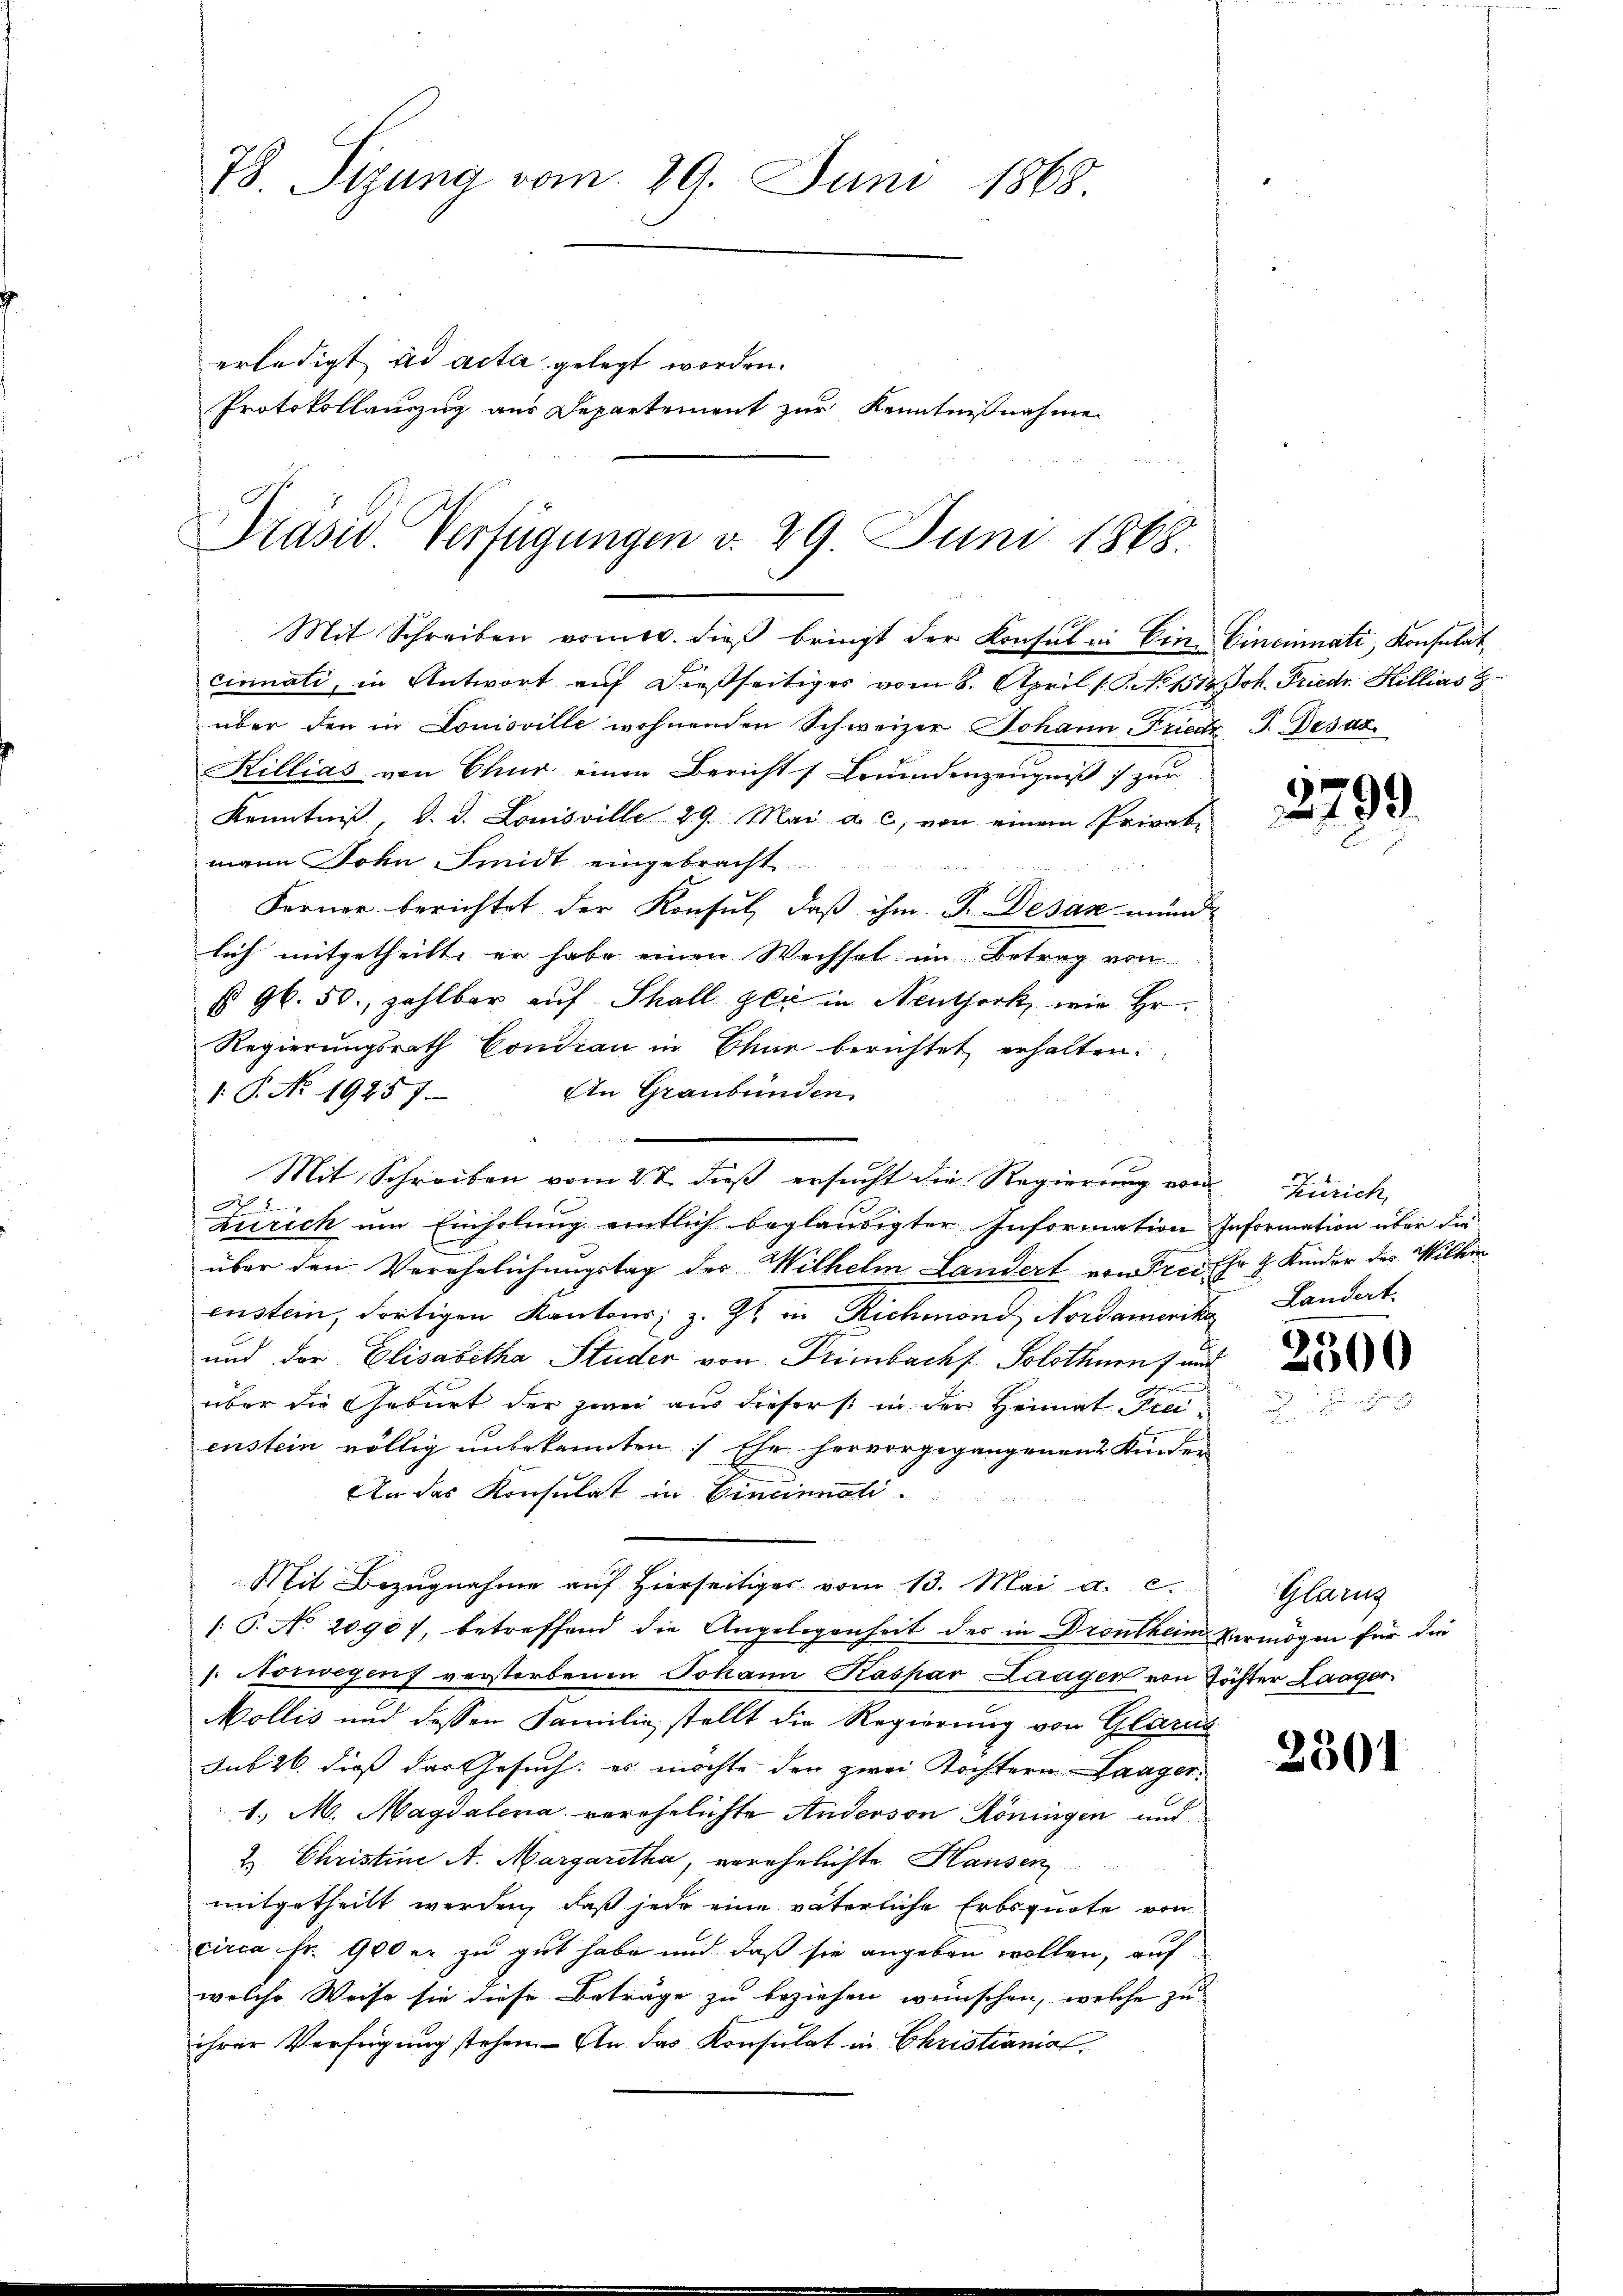
78. Sizung vom 29. Juni 1868
erledigt ad acta gelegt worden.
Protokollauszug aus Departement zur Kenntnißnahme

Drasw. Verfügungen v. 29. Juni 1868.
Mit Schreiben vom 10. dieß bringt der Konsul in Ein Cincinati, Konsulat,

cirmati, in Antwort auf dießseitiges vom 8. April (S. Nr. 1514. Joh. Friedr. Hillias S
über den in Louisville wohnenden Schweizer Johann Friedr J. Desat
Killias von Chur einen Bericht 1 Freudenzeugniß zur
Kenntniß, d. d. Louisville 29. Mai a. c., von einem Privat-
mann Sohn Smidt eingebracht.

Ferner berichtet der Konsul, daß ihm P. Desax münd
lich mitgetheilt, er habe einen Wechsel im Betrag von
§ 96. 50, zahlbar auf Schall gli in Neuthork, wie Hr.
Regierungsrath Condian in Chur berichtet erhalten.
An Graubünden
1.P. No. 19257.
N 2
Zürich um Einholung eintlich beglaubigter Information Information über die
über den Verehelichungstag des Wilhelm Landert von Frei ihr 4 Kinder des Wilkin
enstein, dortigen Kantons; z. Zt. in Richmond Nordamerika
und der Elisabetha Studer von Trimbach Solothurn f und
e
über die Geburt der zwei aus dieser (: in der Heimat Freienstein völlig unbekannten Ehe hervorgegangenen Kinden
An das Konsulat in Cincinuati
Mit Bezŭgnahme aŭf hierseitiger vom 13. Mai a. c.
/: P. No 2090), betreffend die Angelegenheit des in Drontheim Vermögen für die
: Norwegens verstorbenen Johann Kaspar Laagen von Töchter Laager
Mollis und dessen Familie stellt die Regierung von Glarus
sub 26. dieß das Gesuch: es möchte den zwei Tochtern Laager.
1. M. Magdalena verehelichte Anderson Köningen und
2. Christine A. Margaretha, verehelichte Hausen
mitgetheilt werden, daß jede eine väterliche Erbsquote von
circa Fr. 900 er zu gut habe und daß sie angeben wollen, auf
welche Weise sie diese Beträge zu beziehen wünschen, welche zu
ihrer Verfügung stehen. An das Konsulat in Christianial¬

Mit Schreiben vom 27. dieß ersucht die Regierung von

3799.

Zürich,
Landat.

2500

Glarus

2501